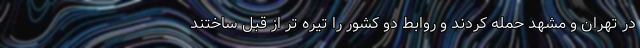
در تهران و مشهد حمله کردند و روابط دو کشور را تیره تر از قبل ساختند